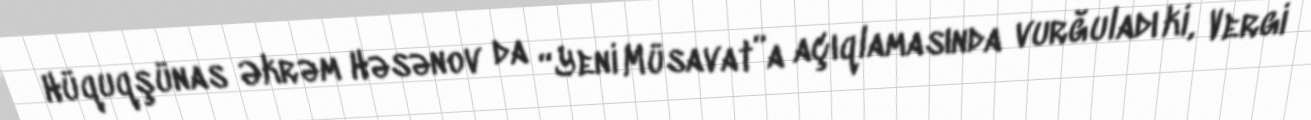
Hüquqşünas Əkrəm Həsənov da “Yeni Müsavat”a açıqlamasında vurğuladı ki, Vergi